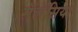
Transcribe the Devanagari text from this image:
सॅलॅसिया